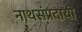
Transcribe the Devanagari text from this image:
नाथसंप्रदायी